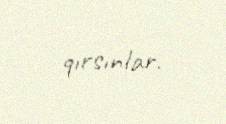
qırsınlar.